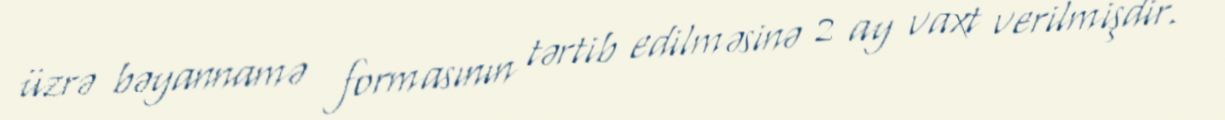
üzrə bəyannamə formasının tərtib edilməsinə 2 ay vaxt verilmişdir.